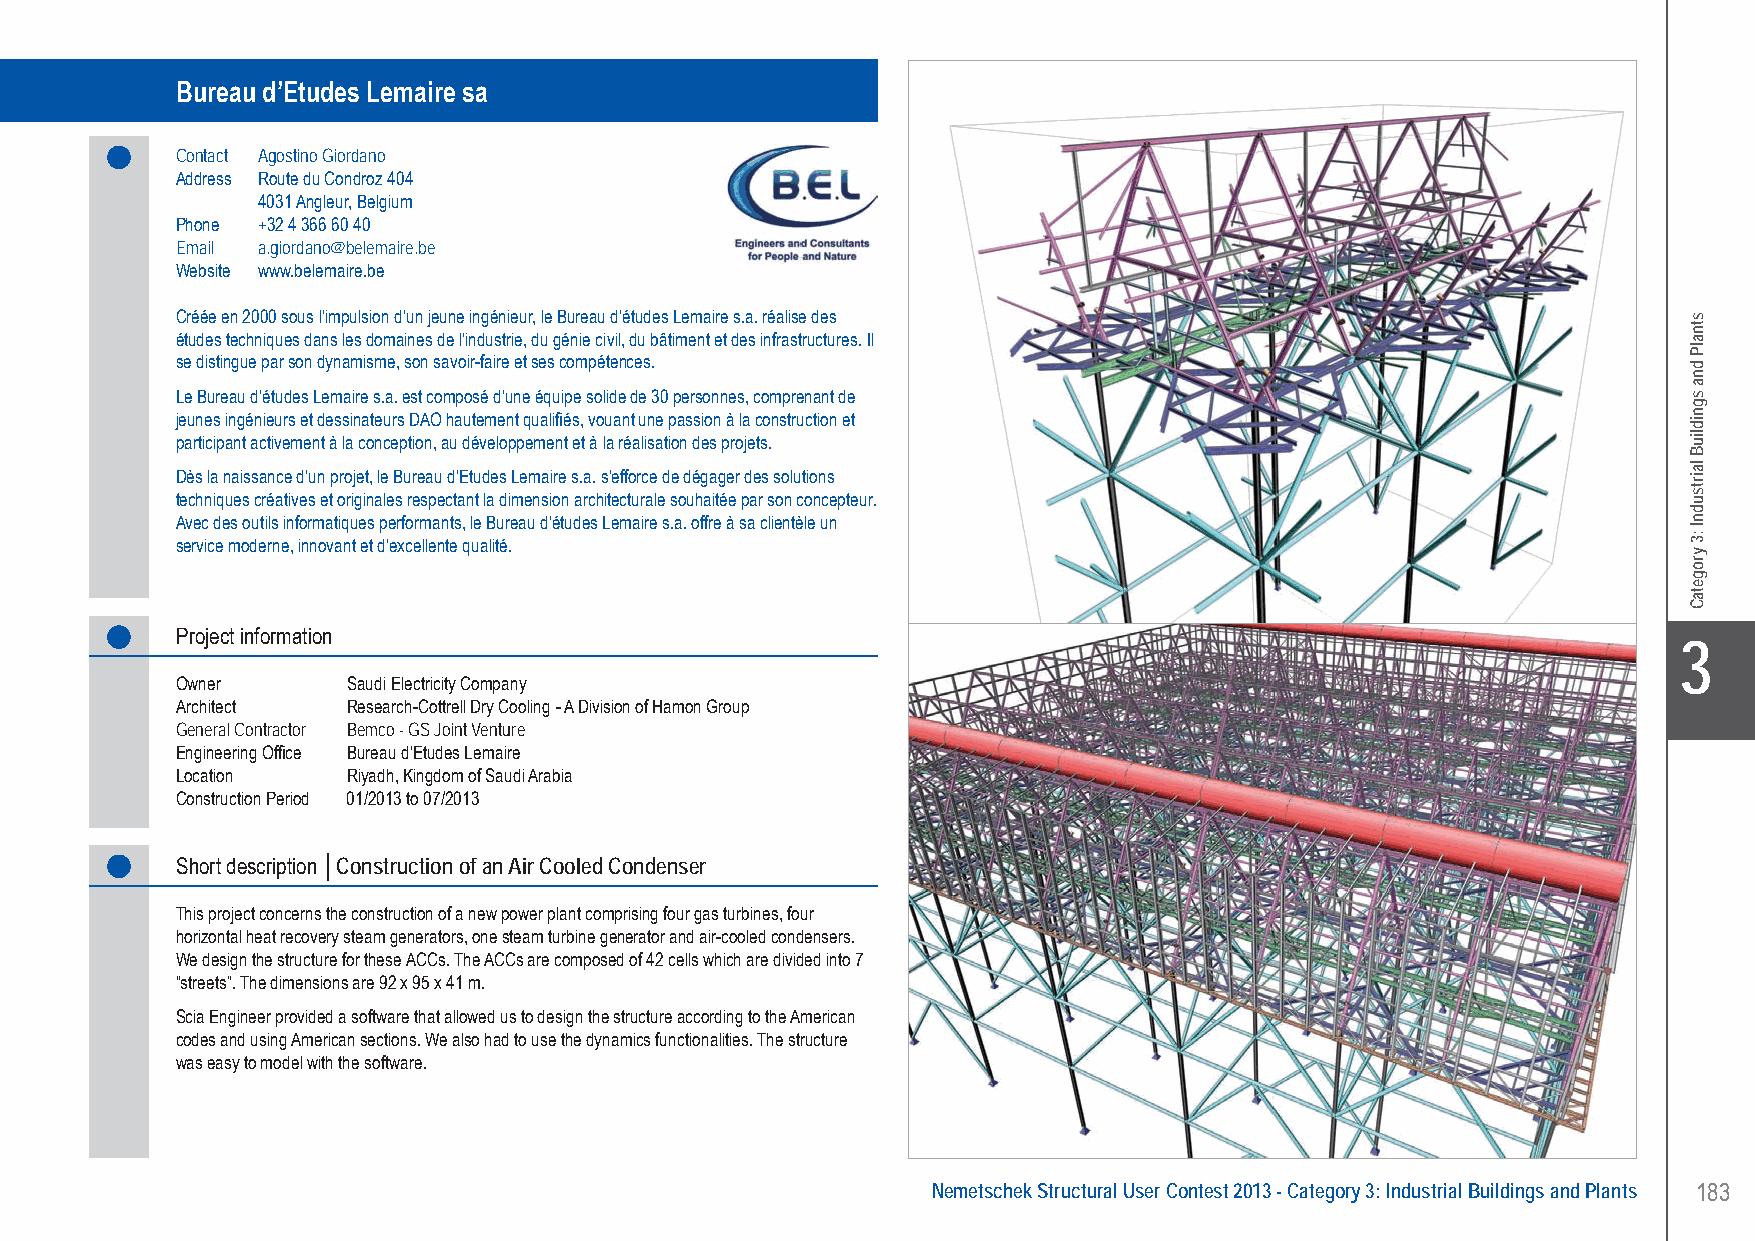
Bureau d’Etudes Lemaire sa Construction of an Air Cooled Condenser - Riyadh, Kingdom of Saudi Arabia
 Bureau d’Etudes Lemaire sa
 Contact Agostino Giordano
 Address Route du Condroz 404
 4031 Angleur, Belgium
 Phone +32 4 366 60 40
 Email a.giordano@belemaire.be
 Website www.belemaire.be
 Créée en 2000 sous l’impulsion d’un jeune ingénieur, le Bureau d’études Lemaire s.a. réalise des
 études techniques dans les domaines de l’industrie, du génie civil, du bâtiment et des infrastructures. Il
 se distingue par son dynamisme, son savoir-faire et ses compétences.
 Le Bureau d’études Lemaire s.a. est composé d’une équipe solide de 30 personnes, comprenant de
 jeunes ingénieurs et dessinateurs DAO hautement qualifiés, vouant une passion à la construction et
 participant activement à la conception, au développement et à la réalisation des projets.
 Dès la naissance d’un projet, le Bureau d’Etudes Lemaire s.a. s’efforce de dégager des solutions
 techniques créatives et originales respectant la dimension architecturale souhaitée par son concepteur.
 Avec des outils informatiques performants, le Bureau d’études Lemaire s.a. offre à sa clientèle un
 service moderne, innovant et d’excellente qualité.
 Project information
 X3
 Owner      Saudi Electricity Company
 Architect  Research-Cottrell Dry Cooling - A Division of Hamon Group
 General Contractor Bemco - GS Joint Venture
 Engineering Office Bureau d’Etudes Lemaire
 Location   Riyadh, Kingdom of Saudi Arabia
 Construction Period 01/2013 to 07/2013
 Short description │Construction of an Air Cooled Condenser
 This project concerns the construction of a new power plant comprising four gas turbines, four
 horizontal heat recovery steam generators, one steam turbine generator and air-cooled condensers.
 We design the structure for these ACCs. The ACCs are composed of 42 cells which are divided into 7
 “streets”. The dimensions are 92 x 95 x 41 m.
 Scia Engineer provided a software that allowed us to design the structure according to the American
 codes and using American sections. We also had to use the dynamics functionalities. The structure
 was easy to model with the software.
 Nemetschek Structural User Contest 2013 - Category 3: Industrial Buildings and Plants 183
 UC-2013-Book-V8.indd 183                                                                                  7/11/2013 12:04:44 PM
 stnalP
 dna
 sgnidliuB
 lairtsudnI
 :3
 yrogetaC